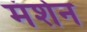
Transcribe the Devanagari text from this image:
मंशेन